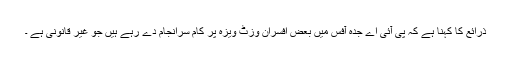
ذرائع کا کہنا ہے کہ پی آئی اے جدہ آفس میں بعض افسران وزٹ ویزہ پر کام سرانجام دے رہے ہیں جو غیر قانونی ہے ۔